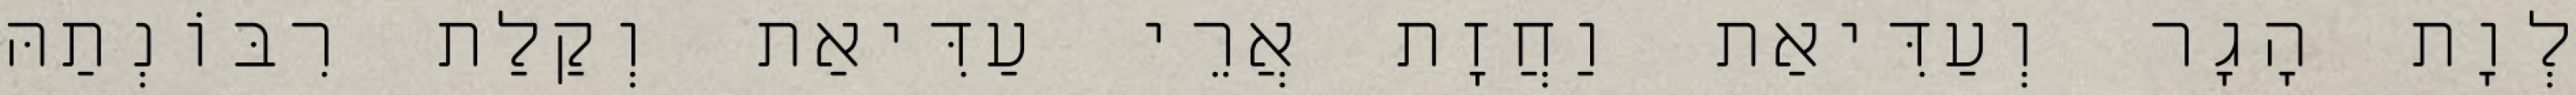
לְוָת הָגָר וְעַדִּיאַת וַחֲזָת אֲרֵי עַדִּיאַת וְקַלַת רִבּוֹנְתַהּ